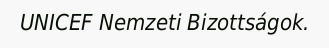
UNICEF Nemzeti Bizottságok.